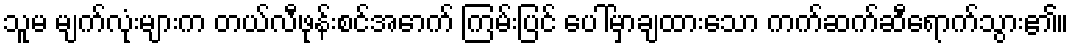
သူမ မျက်လုံးများက တယ်လီဖုန်းစင်အောက် ကြမ်းပြင် ပေါ်မှာချထားသော ကက်ဆက်ဆီရောက်သွား၏။